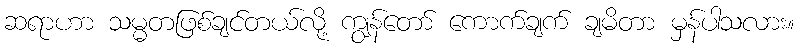
ဆရာဟာ သမ္မတဖြစ်ချင်တယ်လို့ ကျွန်တော် ကောက်ချက် ချမိတာ မှန်ပါသလား။